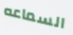
السماعه